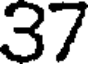
37